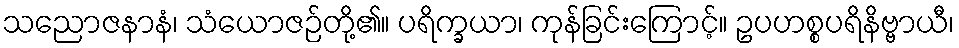
သညောဇနာနံ၊ သံယောဇဉ်တို့၏။ ပရိက္ခယာ၊ ကုန်ခြင်းကြောင့်။ ဥပဟစ္စပရိနိဗ္ဗာယီ၊